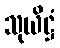
သုယိဋ္ဌံ